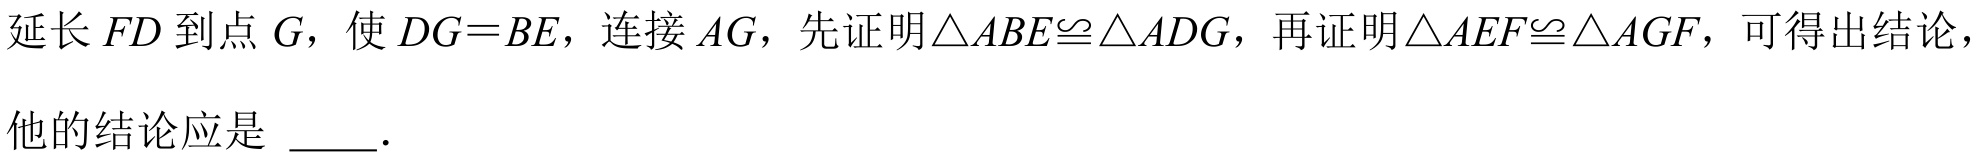
延长\(FD\)到点\(G\)，使\(DG = BE\)，连接\(AG\)，先证明\(\triangle ABE\cong\triangle ADG\)，再证明\(\triangle AEF\cong\triangle AGF\)，可得出结论，
他的结论应是 \(\underline{\quad\quad}\).